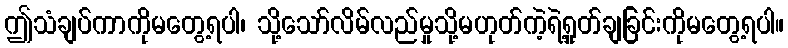
ဤသံချပ်ကာကိုမတွေ့ရပါ၊ သို့သော်လိမ်လည်မှုသို့မဟုတ်ကဲ့ရဲ့ရှုတ်ချခြင်းကိုမတွေ့ရပါ။